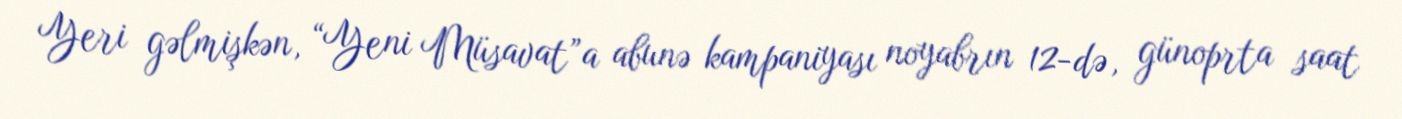
Yeri gəlmişkən, “Yeni Müsavat”a abunə kampaniyası noyabrın 12-də, günoprta saat